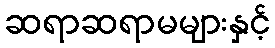
ဆရာဆရာမများနှင့်